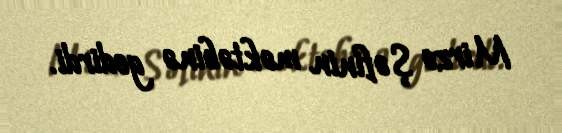
Mirzə Şəfinin məktəbinə gedirdi.